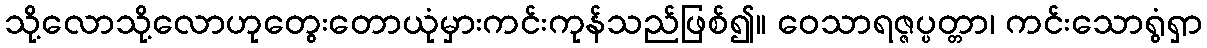
သို့လောသို့လောဟုတွေးတောယုံမှားကင်းကုန်သည်ဖြစ်၍။ ဝေသာရဇ္ဇပ္ပတ္တာ၊ ကင်းသောရွံရှာ